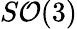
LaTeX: S\mathcal{O}(3)